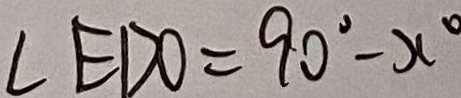
\angle E D O = 9 0 ^ { \circ } - x ^ { \circ }